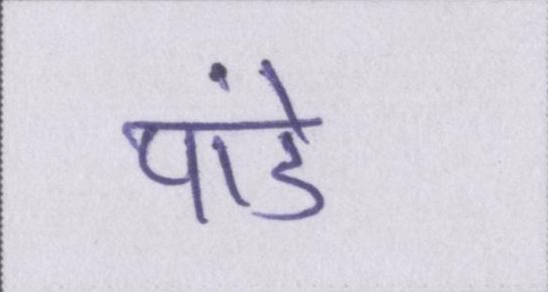
पांडे